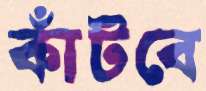
কাঁটবে